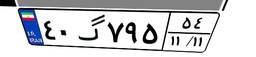
۸۷گ۸۶۷۲۲